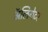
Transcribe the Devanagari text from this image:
अॅलिगेटर